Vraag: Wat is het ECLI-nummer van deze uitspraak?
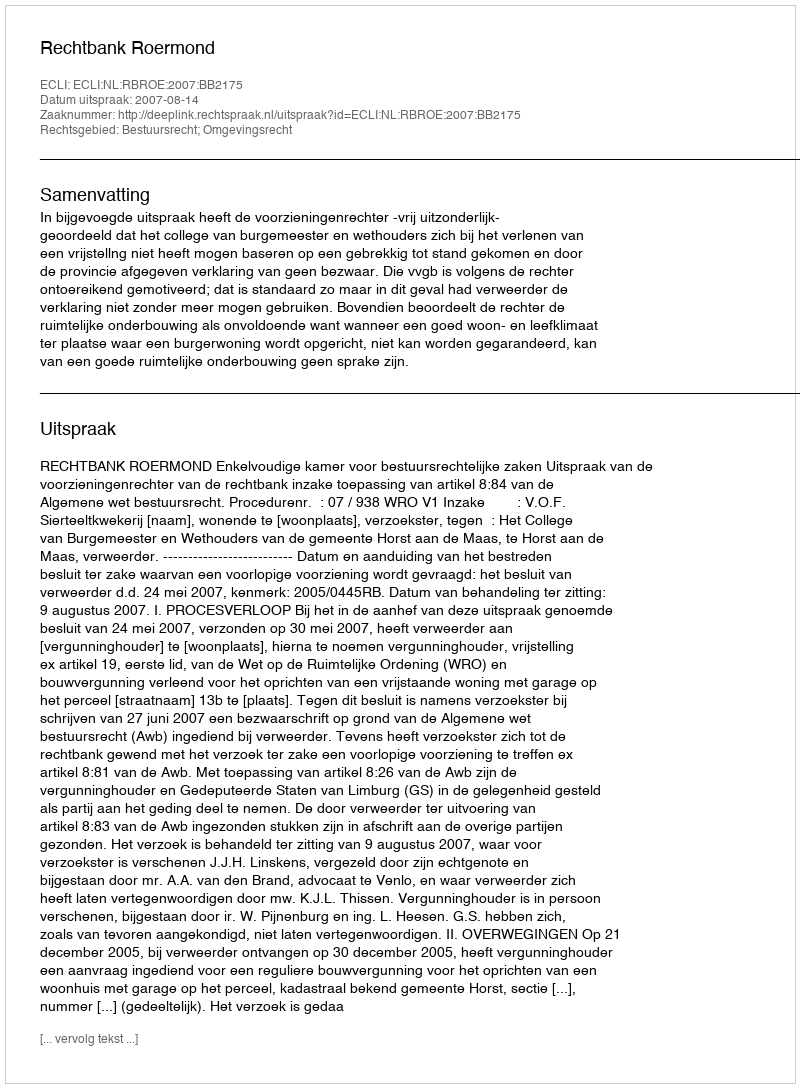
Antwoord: ECLI:NL:RBROE:2007:BB2175